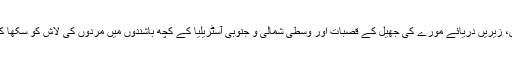
مشرقی اور مغربی کوئنس لینڈ، دریائے ڈارلنگ کے طاس، مورے دریا کے طاس، زیریں دریائے مورے کی جھیل کے قصبات اور وسطی شمالی و جنوبی آسٹریلیا کے کچھ باشندوں میں مردوں کی لاش کو سکھا کر ان کی باقیات کو سنبھال کر رکھنے کی عجیب و غریب روایات پائی جاتی ہیں۔